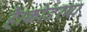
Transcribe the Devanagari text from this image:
है।कोडरमा